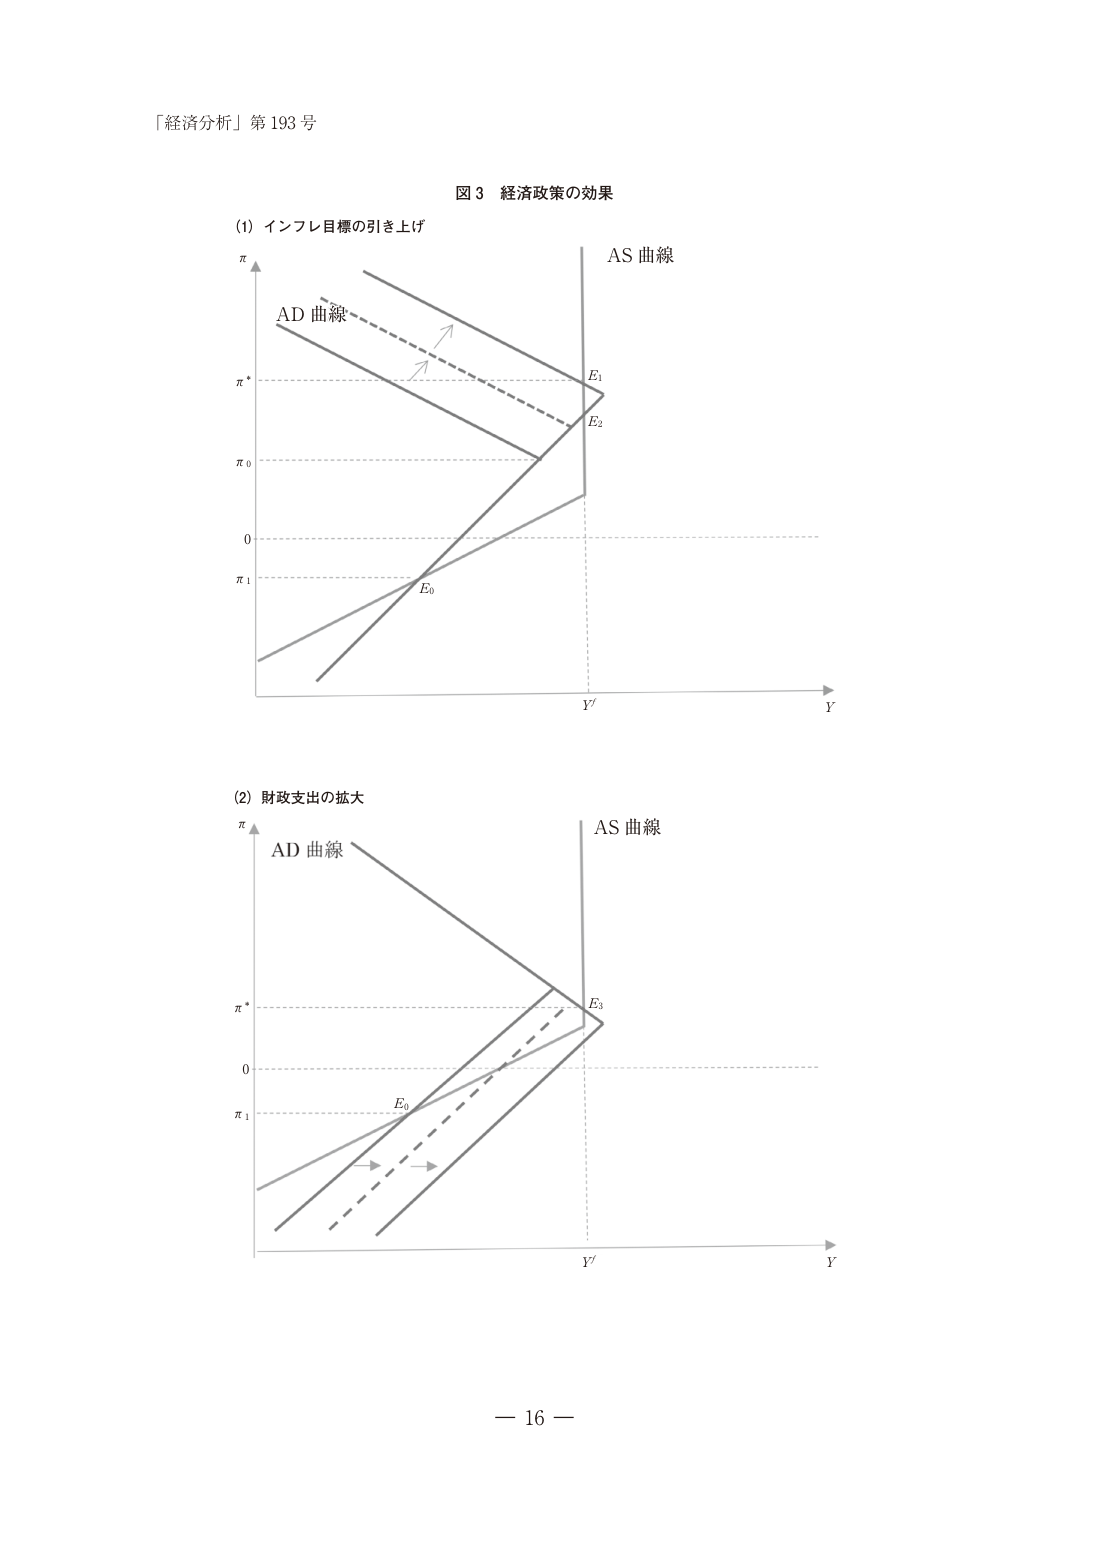
「経済分析」第 193 号

図 3 経済政策の効果

(1) インフレ目標の引き上げ
π
AD 曲線
AS 曲線
π*
E1
E2
π0
0
π1
E0
Y'
Y

(2) 財政支出の拡大
π
AD 曲線
AS 曲線
π*
E3
0
π1
E0
Y'
Y

— 16 —